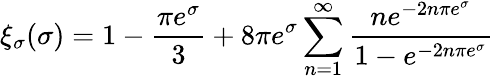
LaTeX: \xi_{\sigma}(\sigma)=1-\frac{\pi e^{\sigma}}{3}+8\pi e^{\sigma}\sum_{n=1}^{\infty}\frac{ne^{-2n\pi e^{\sigma}}}{1-e^{-2n\pi e^{\sigma}}}